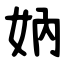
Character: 妠